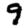
Digit: 9